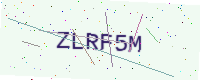
Text: ZLRF5M